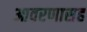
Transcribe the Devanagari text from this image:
आवरणासह